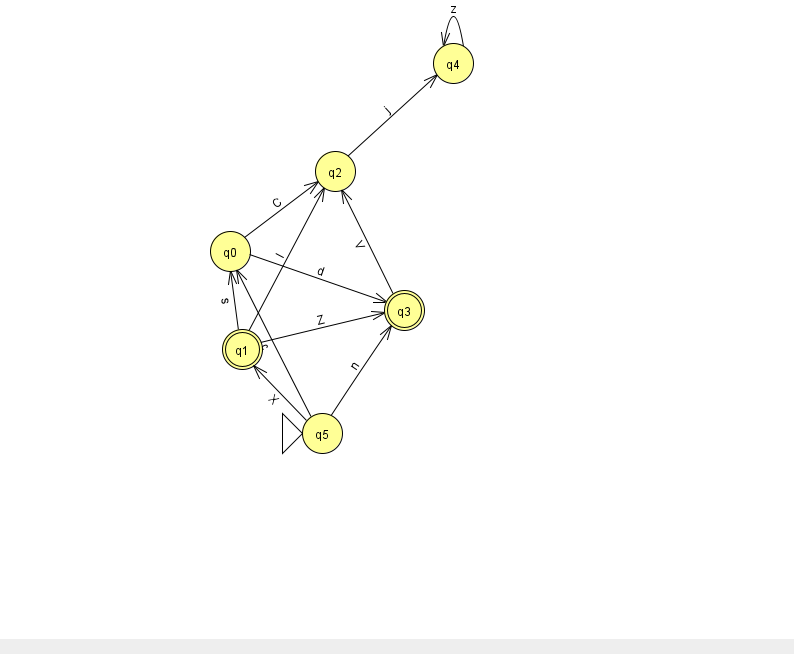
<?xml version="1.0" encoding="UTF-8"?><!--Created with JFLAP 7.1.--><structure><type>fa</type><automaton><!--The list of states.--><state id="0" name="q0"><x>230.0</x><y>238.0</y></state><state id="1" name="q1"><x>242.0</x><y>336.0</y><final/></state><state id="2" name="q2"><x>335.0</x><y>158.0</y></state><state id="3" name="q3"><x>404.0</x><y>297.0</y><final/></state><state id="4" name="q4"><x>453.0</x><y>50.0</y></state><state id="5" name="q5"><x>322.0</x><y>420.0</y><initial/></state><!--The list of transitions.--><transition><from>3</from><to>2</to><read>V</read></transition><transition><from>1</from><to>0</to><read>s</read></transition><transition><from>0</from><to>3</to><read>d</read></transition><transition><from>0</from><to>2</to><read>C</read></transition><transition><from>5</from><to>3</to><read>n</read></transition><transition><from>2</from><to>4</to><read>j</read></transition><transition><from>5</from><to>1</to><read>X</read></transition><transition><from>4</from><to>4</to><read>z</read></transition><transition><from>1</from><to>2</to><read>l</read></transition><transition><from>1</from><to>3</to><read>Z</read></transition><transition><from>5</from><to>0</to><read>c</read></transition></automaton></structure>